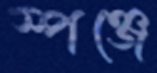
স্পঞ্জে